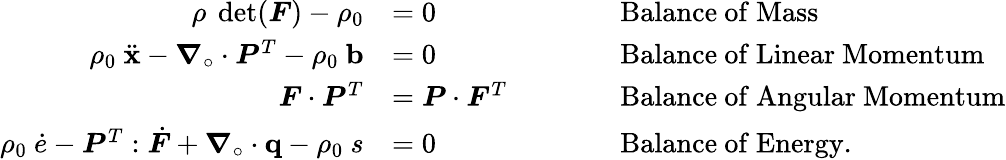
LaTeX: {\begin{array}{rlrl}{\rho~\operatorname*{det}({\boldsymbol{F}})-\rho_{0}}&{=0}&&{\qquad{\mathrm{Balance~of~Mass}}}\\ {\rho_{0}~{\ddot{\mathbf{x}}}-{\boldsymbol{\nabla}}_{\circ}\cdot{\boldsymbol{P}}^{T}-\rho_{0}~\mathbf{b}}&{=0}&&{\qquad{\mathrm{Balance~of~Linear~Momentum}}}\\ {{\boldsymbol{F}}\cdot{\boldsymbol{P}}^{T}}&{={\boldsymbol{P}}\cdot{\boldsymbol{F}}^{T}}&&{\qquad{\mathrm{Balance~of~Angular~Momentum}}}\\ {\rho_{0}~{\dot{e}}-{\boldsymbol{P}}^{T}:{\dot{\boldsymbol{F}}}+{\boldsymbol{\nabla}}_{\circ}\cdot\mathbf{q}-\rho_{0}~s}&{=0}&&{\qquad{\mathrm{Balance~of~Energy.}}}\end{array}}